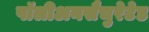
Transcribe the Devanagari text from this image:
पॉलीअनसैचुरेटेड